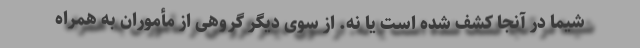
شیما در آنجا کشف شده است یا نه. از سوی دیگر گروهی از مأموران به همراه